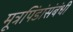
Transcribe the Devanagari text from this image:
मूत्रपिंडांसंबंधी